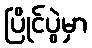
ပြိုင်ပွဲမှာ